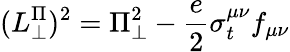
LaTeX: (L_{\perp}^{\Pi})^{2}=\Pi_{\perp}^{2}-\frac{e}{2}\sigma_{t}^{\mu\nu}f_{\mu\nu}